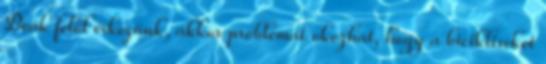
Deák felől érkezünk, akkor problémát okozhat, hogy a bicikliseket